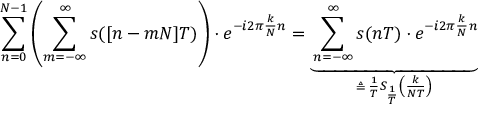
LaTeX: \sum _ { n = 0 } ^ { N - 1 } \left( \sum _ { m = - \infty } ^ { \infty } s ( [ n - m N ] T ) \right) \cdot e ^ { - i 2 \pi { \frac { k } { N } } n } = \underbrace { \sum _ { n = - \infty } ^ { \infty } s ( n T ) \cdot e ^ { - i 2 \pi { \frac { k } { N } } n } } _ { \triangleq \, { \frac { 1 } { T } } S _ { \frac { 1 } { T } } \left( { \frac { k } { N T } } \right) }